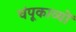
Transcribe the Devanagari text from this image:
चंपूकाव्यों